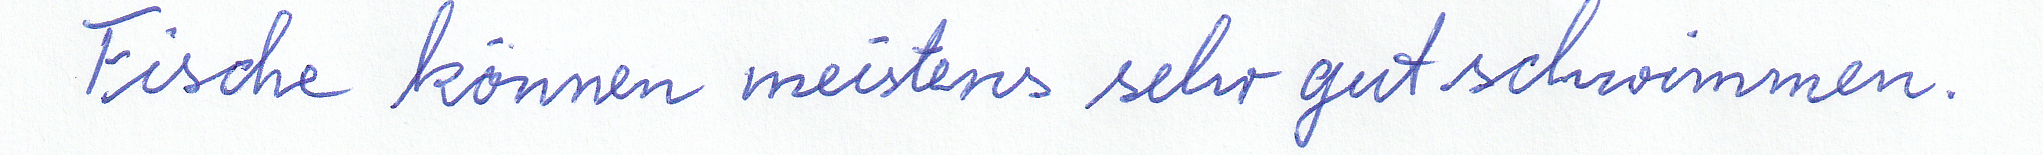
Fische können meistens sehr gut schwimmen.